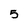
Character: 5